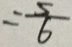
= \frac { 5 } { 6 }